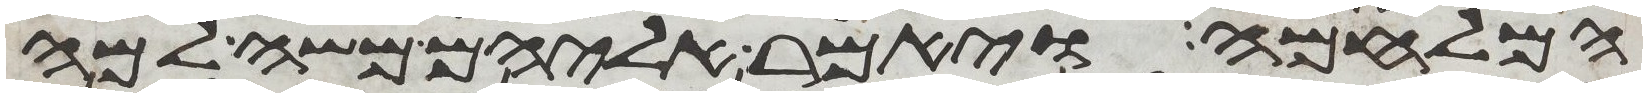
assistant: המלחמה ויאמר אליהם משה למה